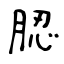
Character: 䏰